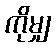
ကိုမျှ